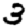
Digit: 3